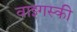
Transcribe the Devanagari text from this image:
वाइगस्की